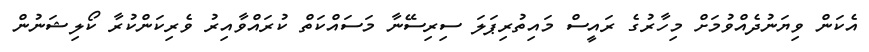
އެކަން ވިޔަނުދެއްވުމަށް މިހާރުގެ ރައީސް މައިތުރިޕަލަ ސިރިސޭނާ މަސައްކަތް ކުރައްވާއިރު ވެރިކަންކުރާ ކޯލިޝަނުން